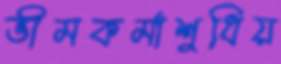
ভীমকর্মাশুধিয়